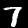
Label: 7